Lunatic asylums in Bengal annual reports 1899-1911 - 1899-1911
Year: 1899
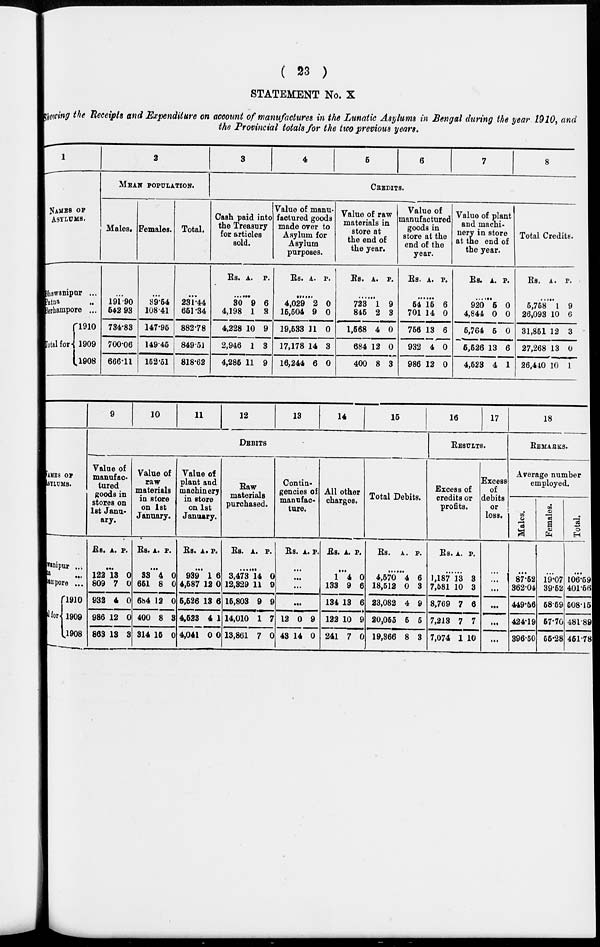
( 23 )
STATEMENT No. X
Showing the Receipts and Expenditure on account of manufactures in the Lunatic Asylums in Bengal during the year 1910, and
the Provincial totals for the two previous years.
1
NAMES OF
ASYLUMS.
Bhawanipur ...
Patna ...
Berhampore ...
Total for
1910
1909
1908
2
MEAN POPULATIONS
Males.
...
191.90
542.93
734.83
700.06
666.11
Females.
...
39.54
108.41
147.95
149.45
152.51
Total.
...
231.44
651.34
882.78
849.51
818.62
3
4
5
6
7
8
CREDITS.
Cash paid into
the Treasury
for articles
sold.
Rs. A. P.
......
30
4,198
4,228
2,946
4,285
9
1
10
1
11
6
3
9
3
9
Value of manu-
factured goods
made oyer to
Asylum for
Asylum
purposes.
Rs. A. P.
......
4,029
15,504
19,533
17,178
16,244
2
9
11
14
6
0
0
0
3
0
Value of raw
materials in
store at
the end of
the year.
Rs. A. P.
......
723
845
1,568
684
400
1
2
4
12
8
9
3
0
0
3
Value of
manufactured
goods in
store at the
end of the
year.
Rs. A. P.
......
54
701
756
932
986
15
14
13
4
12
6
0
6
0
0
Value of plant
and machi-
nery in store
at the end of
the year.
Rs. A. P.
......
920
4,844
5,764
5,526
4,523
5
0
5
13
4
0
0
0
6
1
Total Credits.
Rs. A. P.
......
5,758
26,093
31,851
27,268
26,440
1
10
12
13
10
9
6
3
0
1
NAMES OF
ASYLUMS.
Bhawanipur ...
Patna ...
Berhampore ...
Total for
1910
1909
1908
9
10
11
12
13
14
15
DEBITS
Value of
manufac.
lured
goods in
stores on
1st Janu-
ary.
Rs. A. P.
......
122
809
932
986
863
13
7
4
12
13
0
0
0
0
3
Value of
raw
materials
in store
on 1st
January.
Rs. A. P.
......
33
651
684
400
314
4
8
12
8
15
0
0
0
3
0
Value of
plant and
machinery
in store
on 1st
January.
Rs. A. P.
......
939
4,587
5,526
4,523
4,041
1
12
13
4
0
6
0
6
1
0
Raw
materials
purchased.
Rs. A. P.
......
3,473
12,329
15,803
14,010
13,861
14
11
9
1
7
0
9
9
7
0
Contin-
gencies of
manufac-
ture.
Rs. A. P.
.....
...
...
...
12
43
0
14
9
0
All other
charges.
Rs. A. P.
......
1
133
134
122
241
4
9
13
10
7
0
6
6
9
0
Total Debits.
Rs. A. P.
......
4,570
18,512
23,082
20,055
19,366
4
0
4
5
8
6
3
9
5
3
16
17
RESULTS.
Excess of
credits or
profits.
Rs. A. P.
......
1,187
7,581
8,769
7,213
7,074
13
10
7
7
1
3
3
6
7
10
Excess
of
debits
or
loss.
...
...
...
...
...
...
18
REMARKS.
Average number
employed.
Males.
......
87.52
362.04
449.56
424.19
396.50
Females.
......
19.07
39.52
58.59
57.70
55.28
Total.
...
106.59
401.56
508.15
481.89
451.78